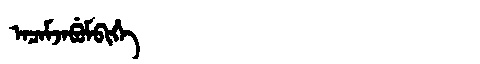
Manchu: ᠠᠴᠠᠮᠵᠠᠪᡠᠮᠪᡳᡥᡝ
Romanization: ACAMJABUMBIHE